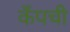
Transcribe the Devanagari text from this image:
कँपची